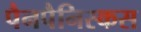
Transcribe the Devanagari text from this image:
पैनपैनिस्कस